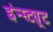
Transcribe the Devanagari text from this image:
इंन्स्ट्यूट